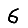
Digit: 6